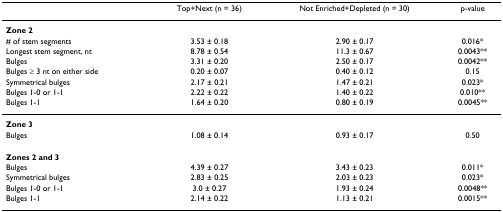
<table><thead><tr><td></td><td><b>Top+Next (n = 36)</b></td><td><b>Not Enriched+Depleted (n = 30)</b></td><td><b>p-value</b></td></tr></thead><tbody><tr><td><b>Zone 2</b></td><td></td><td></td><td></td></tr><tr><td># of stem segments</td><td>3.53 ± 0.18</td><td>2.90 ± 0.17</td><td>0.016*</td></tr><tr><td>Longest stem segment, nt</td><td>8.78 ± 0.54</td><td>11.3 ± 0.67</td><td>0.0043**</td></tr><tr><td>Bulges</td><td>3.31 ± 0.20</td><td>2.50 ± 0.17</td><td>0.0042**</td></tr><tr><td>Bulges ≥ 3 nt on either side</td><td>0.20 ± 0.07</td><td>0.40 ± 0.12</td><td>0.15</td></tr><tr><td>Symmetrical bulges</td><td>2.17 ± 0.21</td><td>1.47 ± 0.21</td><td>0.023*</td></tr><tr><td>Bulges 1-0 or 1-1</td><td>2.22 ± 0.22</td><td>1.40 ± 0.22</td><td>0.010**</td></tr><tr><td>Bulges 1-1</td><td>1.64 ± 0.20</td><td>0.80 ± 0.19</td><td>0.0045**</td></tr><tr><td><b>Zone 3</b></td><td></td><td></td><td></td></tr><tr><td>Bulges</td><td>1.08 ± 0.14</td><td>0.93 ± 0.17</td><td>0.50</td></tr><tr><td><b>Zones 2 and 3</b></td><td></td><td></td><td></td></tr><tr><td>Bulges</td><td>4.39 ± 0.27</td><td>3.43 ± 0.23</td><td>0.011*</td></tr><tr><td>Symmetrical bulges</td><td>2.83 ± 0.25</td><td>2.03 ± 0.23</td><td>0.023*</td></tr><tr><td>Bulges 1-0 or 1-1</td><td>3.0 ± 0.27</td><td>1.93 ± 0.24</td><td>0.0048**</td></tr><tr><td>Bulges 1-1</td><td>2.14 ± 0.22</td><td>1.13 ± 0.21</td><td>0.0015**</td></tr></tbody></table>